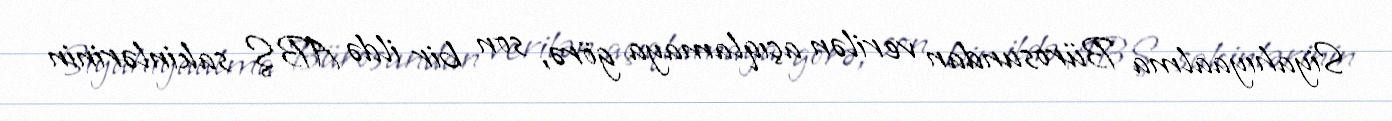
Siyahıyaalma Bürosundan verilən açıqlamaya görə, son bir ildə ABŞ sakinlərinin